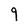
Character: 9